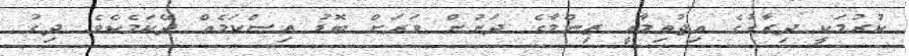
ކުރުމަކީ ދިރާގުގެ އިޖުތިމާއީ ޒިންމާގެ ދަށުން ވަރަށް ބޮޑު އިސްކަމެއް ދޭކަމެކެވެ. ދިގު